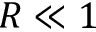
R \ll 1